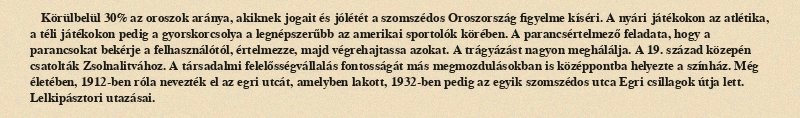
Körülbelül 30% az oroszok aránya, akiknek jogait és jólétét a szomszédos Oroszország figyelme kíséri. A nyári játékokon az atlétika, a téli játékokon pedig a gyorskorcsolya a legnépszerűbb az amerikai sportolók körében. A parancsértelmező feladata, hogy a parancsokat bekérje a felhasználótól, értelmezze, majd végrehajtassa azokat. A trágyázást nagyon meghálálja. A 19. század közepén csatolták Zsolnalitvához. A társadalmi felelősségvállalás fontosságát más megmozdulásokban is középpontba helyezte a színház. Még életében, 1912-ben róla nevezték el az egri utcát, amelyben lakott, 1932-ben pedig az egyik szomszédos utca Egri csillagok útja lett. Lelkipásztori utazásai.